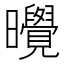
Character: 𪱔